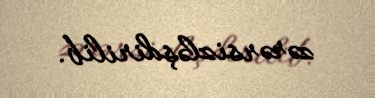
zərərsizləşdirilib.